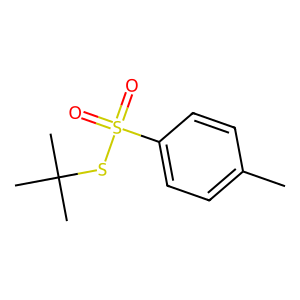
SMILES: Cc1ccc(S(=O)(=O)SC(C)(C)C)cc1
Inhibits HIV replication: No